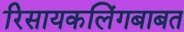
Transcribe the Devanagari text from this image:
रिसायकलिंगबाबत